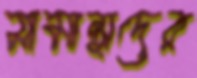
সামান্থাদের